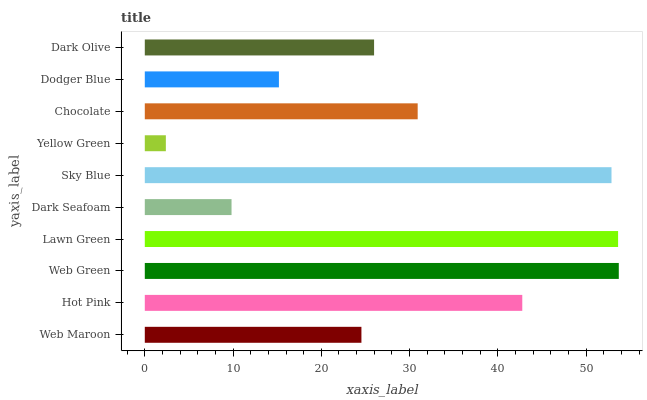
| yaxis_label | bars |
 | --- | --- |
 | Web Maroon | 24.5 |
 | Hot Pink | 42.8 |
 | Web Green | 53.7 |
 | Lawn Green | 53.6 |
 | Dark Seafoam | 9.83 |
 | Sky Blue | 52.9 |
 | Yellow Green | 2.39 |
 | Chocolate | 30.9 |
 | Dodger Blue | 15.2 |
 | Dark Olive | 26 |